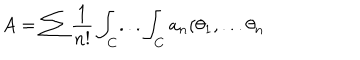
A = \sum \frac { 1 } { n ! } \int _ { C } . . . \int _ { C } a _ { n } ( \theta _ { 1 } , . . . \theta _ { n }